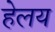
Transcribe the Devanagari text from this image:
हेलय